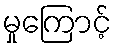
မှုကြောင့်